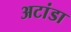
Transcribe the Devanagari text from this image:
अटांडा